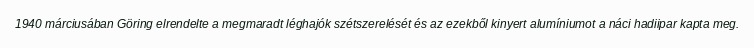
1940 márciusában Göring elrendelte a megmaradt léghajók szétszerelését és az ezekből kinyert alumíniumot a náci hadiipar kapta meg.